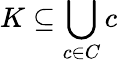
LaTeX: K\subseteq\bigcup_{c\in C}c